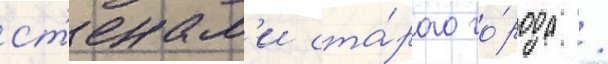
ст'енам'и ста́рого го́рода /